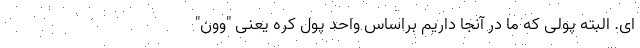
ای. البته پولی که ما در آنجا داریم براساس واحد پول کره یعنی "وون"